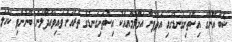
ޝަބާ އޭނާގެ އިސްތަށިގަނޑުގައި އަތްފުނާ އަޅާލުމާއިއެކު އިސްތަށިގަނޑުގެ ތެރެއަށް ވައިވައްދާލަން ބޭނުންވި ކަހަލަ